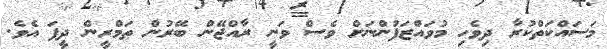
މަސައްކަތްކުރާ ދިވެހި މުވައްޒަފުންނަށް ވެސް ވަނީ ރާއްޖޭން ބޭރުން ތަމްރީން ދީފަ އެވެ.